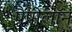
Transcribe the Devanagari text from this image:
पैपीलॉन